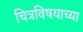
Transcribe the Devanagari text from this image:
चित्रविषयाच्या